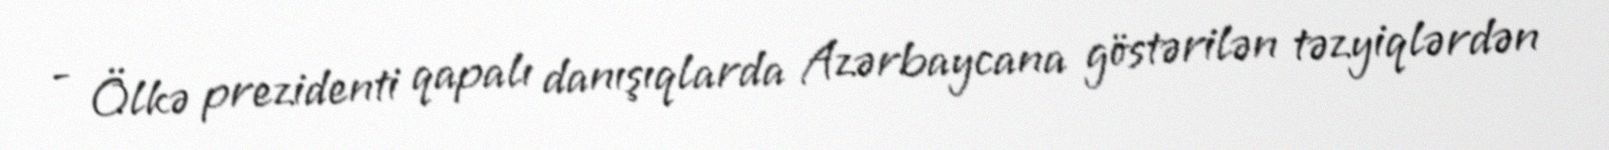
- Ölkə prezidenti qapalı danışıqlarda Azərbaycana göstərilən təzyiqlərdən